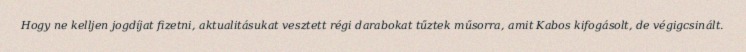
Hogy ne kelljen jogdíjat fizetni, aktualitásukat vesztett régi darabokat tűztek műsorra, amit Kabos kifogásolt, de végigcsinált.